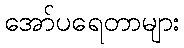
အော်ပရေတာများ